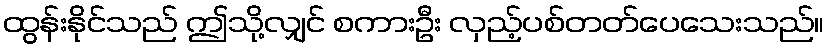
ထွန်းနိုင်သည် ဤသို့လျှင် စကားဦး လှည့်ပစ်တတ်ပေသေးသည်။